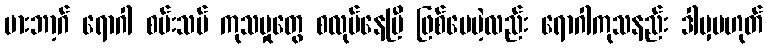
မားဘာ့ဂ် ရောဂါ စမ်းသပ် ကုသမှုတွေ စလုပ်နေပြီ ဖြစ်ပေမဲ့လည်း ရောဂါကုသနည်း ဒါမှမဟုတ်